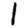
Digit: 1